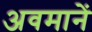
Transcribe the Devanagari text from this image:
अवमानें